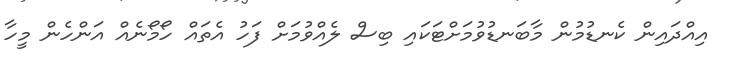
އިއްދައިން ކެނޑުމުން މާބަނޑުވުމަށްޓަކައި ބިސް ލެއްވުމަށް ފަހު އެތައް ހޯމޯނެއް އަންހެން މީހާ